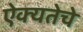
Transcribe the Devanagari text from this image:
ऐक्यतेचे